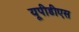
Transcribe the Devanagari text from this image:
यूपीडीएस